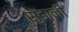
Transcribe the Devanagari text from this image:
सुंडानी